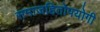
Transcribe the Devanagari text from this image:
समाजहितोपयोगी